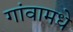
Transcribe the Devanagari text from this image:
गांवामधे